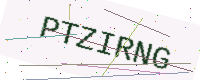
Text: PTZIRNG